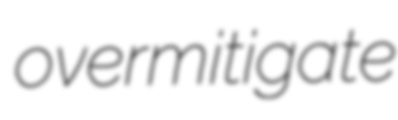
overmitigate